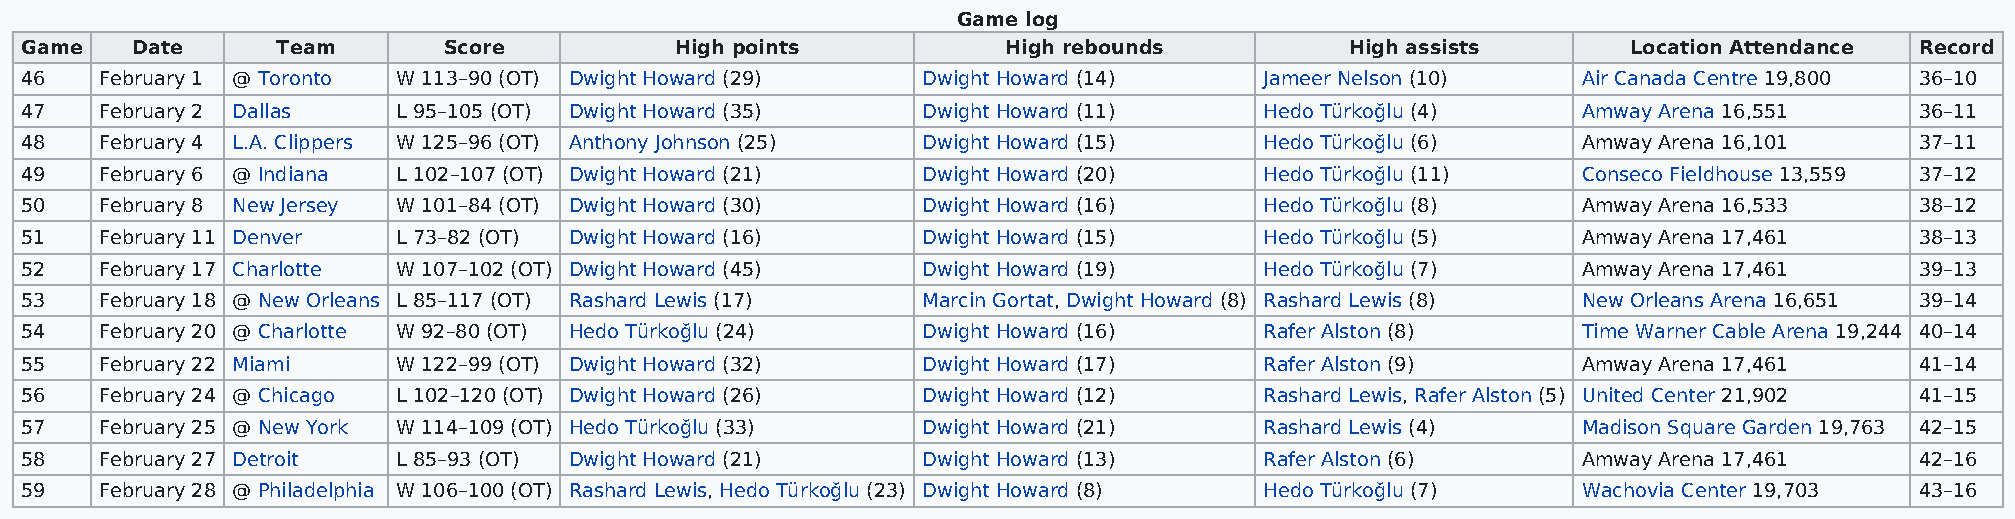
Game log
 Game    Date     Team       Score           High points           High rebounds         High assists       Location Attendance Record
 46    February 1 @ Toronto W 113–90 (OT) Dwight Howard (29) Dwight Howard (14)     Jameer Nelson (10)   Air Canada Centre 19,800 36–10
 47    February 2 Dallas  L 95–105 (OT) Dwight Howard (35)   Dwight Howard (11)     Hedo Türkoğlu (4)    Amway Arena 16,551    36–11
 48    February 4 L.A. Clippers W 125–96 (OT) Anthony Johnson (25) Dwight Howard (15) Hedo Türkoğlu (6)  Amway Arena 16,101    37–11
 49    February 6 @ Indiana L 102–107 (OT) Dwight Howard (21) Dwight Howard (20)    Hedo Türkoğlu (11)   Conseco Fieldhouse 13,559 37–12
 50    February 8 New Jersey W 101–84 (OT) Dwight Howard (30) Dwight Howard (16)    Hedo Türkoğlu (8)    Amway Arena 16,533    38–12
 51    February 11 Denver L 73–82 (OT) Dwight Howard (16)    Dwight Howard (15)     Hedo Türkoğlu (5)    Amway Arena 17,461    38–13
 52    February 17 Charlotte W 107–102 (OT) Dwight Howard (45) Dwight Howard (19)   Hedo Türkoğlu (7)    Amway Arena 17,461    39–13
 53    February 18 @ New Orleans L 85–117 (OT) Rashard Lewis (17) Marcin Gortat, Dwight Howard (8) Rashard Lewis (8) New Orleans Arena 16,651 39–14
 54    February 20 @ Charlotte W 92–80 (OT) Hedo Türkoğlu (24) Dwight Howard (16)   Rafer Alston (8)     Time Warner Cable Arena 19,244 40–14
 55    February 22 Miami  W 122–99 (OT) Dwight Howard (32)   Dwight Howard (17)     Rafer Alston (9)     Amway Arena 17,461    41–14
 56    February 24 @ Chicago L 102–120 (OT) Dwight Howard (26) Dwight Howard (12)   Rashard Lewis, Rafer Alston (5) United Center 21,902 41–15
 57    February 25 @ New York W 114–109 (OT) Hedo Türkoğlu (33) Dwight Howard (21)  Rashard Lewis (4)    Madison Square Garden 19,763 42–15
 58    February 27 Detroit L 85–93 (OT) Dwight Howard (21)   Dwight Howard (13)     Rafer Alston (6)     Amway Arena 17,461    42–16
 59    February 28 @ Philadelphia W 106–100 (OT) Rashard Lewis, Hedo Türkoğlu (23) Dwight Howard (8) Hedo Türkoğlu (7) Wachovia Center 19,703 43–16